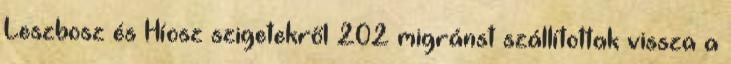
Leszbosz és Híosz szigetekről 202 migránst szállítottak vissza a